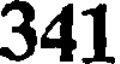
341